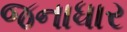
જનાધાર